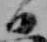
日